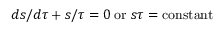
{ d s / d \tau + s / \tau = 0 \; \mathrm { o r } \; s \tau = \mathrm { c o n s t a n t } }